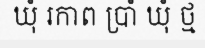
ឃុំ រកាព ប្រាំ ឃុំ ថ្ម